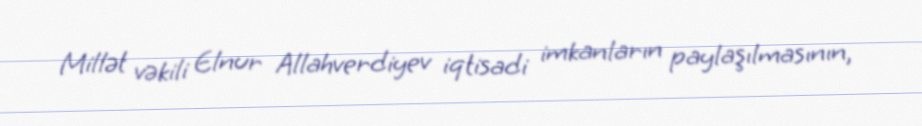
Millət vəkili Elnur Allahverdiyev iqtisadi imkanların paylaşılmasının,